Annual administration report of the Civil Veterinary Department of India - 1902-1903
Year: 1902
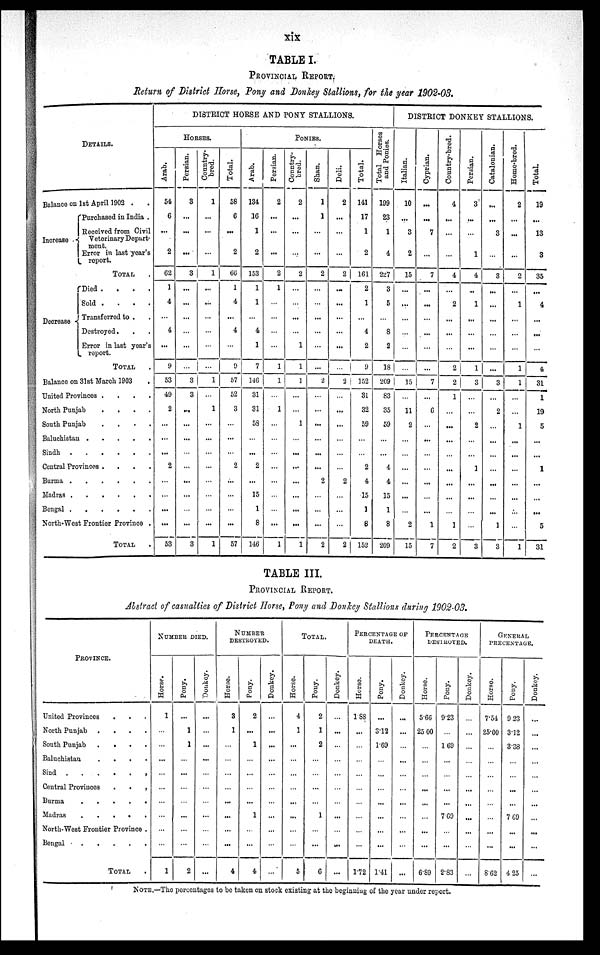
xix
TABLE I.
PROVINCIAL REPORT.
Return of District Horse, Pony and Donkey Stallions, for the year 1902-03.
DETAILS.
Balance on 1st April 1902 . .
Increase
Purchased in India .
Received from Civil
Veterinary Depart-
ment.
Error in last year's
report.
TOTAL .
Decrease . . .
Died .
.
.
.
Sold .
.
.
.
Transferred
to . .
Destroyed.
Error in last year's
report.
TOTAL .
Balance on 31st March 1903 .
United Provinces .
.
.
.
North Punjab
.
.
.
.
South Punjab
.
.
.
.
Baluchistan
.
.
.
.
.
Sindh
.
.
.
..
.
Central Provinces .
.
.
.
Burma
.
.
.
.
.
.
Madras
.
.
.
.
.
.
Bengal
.
.
.
.
.
.
North-West Frontier Province .
TOTAL .
DISTRICT HORSE AND PONY STALLIONS.
HORSES.
Arab.
54
6
...
2
62
1
4
...
4
...
9
53
49
2
...
...
...
2
...
...
...
...
53
Persian.
3
...
...
...
3
...
...
...
...
...
...
3
3
...
...
...
...
...
...
...
...
...
3
Country-
bred.
1
...
...
...
1
...
...
...
...
...
...
1
...
1
...
...
...
...
...
...
...
...
1
Total.
58
6
...
2
66
1
4
...
4
...
9
57
52
3
...
...
...
2
...
...
...
...
57
PONIES.
Arab.
134
16
1
2
153
1
1
...
4
1
7
146
31
31
58
...
...
2
...
15
1
8
146
Persian.
2
...
...
...
2
1
...
...
...
...
1
1
...
1
...
...
...
...
...
...
...
...
1
1
Country-
bred.
2
...
...
...
2
...
...
...
...
1
1
1
...
...
1
...
...
...
...
...
...
...
1
Shan.
1
1
...
...
2
...
...
...
...
...
...
2
...
...
...
...
...
...
2
...
...
...
2
Deli.
2
...
...
...
2
...
...
...
...
...
...
2
...
...
...
...
...
...
2
...
...
...
2
Total.
141
17
1
2
161
2
1
...
4
2
9
152
31
32
59
...
...
2
4
15
1
8
152
Total Horses
and Ponies.
199
23
1
4
227
3
5
...
8
2
18
209
83
35
59
...
...
4
4
15
1
8
209
DISTRICT DONKEY STALLIONS.
Italian.
10
...
3
2
15
...
...
...
...
...
...
15
11
2
...
...
...
...
...
...
2
15
Cyprian.
...
...
7
...
7
...
...
...
...
...
...
7
...
6
...
...
...
...
...
...
...
1
7
Country-bred.
4
...
...
...
4
...
2
...
...
...
2
2
1
...
...
...
...
...
...
...
...
1
2
Persian.
3
...
...
1
4
..
1
...
...
...
1
3
...
...
2
...
...
1
...
...
...
...
3
Catalonian.
...
...
3
...
3
...
...
...
...
...
...
3
...
2
...
...
...
...
...
...
...
1
3
Home-bred.
2
...
...
...
2
...
1
...
...
...
1
1
...
...
1
...
...
...
...
...
...
...
1
Total.
19
...
13
3
35
...
4
...
...
...
4
31
1
19
5
...
...
1
...
...
...
5
31
TABLE III.
PROVINCIAL REPORT.
Abstract of casualties of District Horse, Pony and Donkey Stallions during 1902-03.
PROVINCE.
United Provinces
. . .
North Punjab .
.
.
.
South Punjab
.
.
.
.
Baluchistan
.
.
.
.
Sind
.
.
.
.
.
.
Central Provinces
.
.
.
Burma
.
.
.
.
.
Madras
.
.
.
.
.
North-West Frontier Province .
Bengal
.
.
.
.
.
TOTAL
NUMBER DIED.
Horse.
1
...
...
...
...
...
...
...
...
...
1
Pony.
...
1
1
...
...
...
...
...
...
...
2
Donkey.
...
...
...
...
...
...
...
...
...
...
...
NUMBER
DESTROYED.
Horse.
3
1
...
...
...
...
...
...
...
...
4
Pony.
2
...
1
...
...
...
...
1
...
...
4
Donkey.
...
...
...
...
...
...
...
...
...
...
...
TOTAL.
Horse.
4
1
...
...
...
...
...
...
...
...
5
Pony.
2
1
2
...
...
...
...
1
...
...
6
Donkey.
...
...
...
...
...
...
...
...
...
...
...
PERCENTAGE OF
DEATH.
Horse.
1.88
...
...
...
...
...
...
...
...
...
1.72
Pony.
...
3.12
1.69
...
...
...
...
...
...
...
1.41
Donkey.
...
...
...
...
...
...
...
...
...
...
...
PERCENTAGE
DESTROYED.
Horse.
5.66
25 00
...
...
...
...
...
...
...
...
6.89
Pony.
9.23
...
1 69
...
...
...
...
7.69
...
...
2.83
Donkey.
...
...
...
...
...
...
...
...
...
...
...
GENERAL
PRECENTAGE.
Horse.
7.54
25.00
...
...
...
...
...
...
...
...
8.62
Pony.
9 23
3.12
3.38
...
...
...
...
7 69
...
...
4 25
Donkey.
...
...
...
...
...
...
...
...
...
...
...
NOTE.—The percentages to be taken on stock existing at the beginning of the year under report.